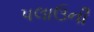
પલાઉની